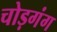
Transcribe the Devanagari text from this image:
चोड़गंग